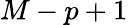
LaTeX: M-p+1